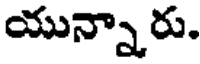
యున్నారు.